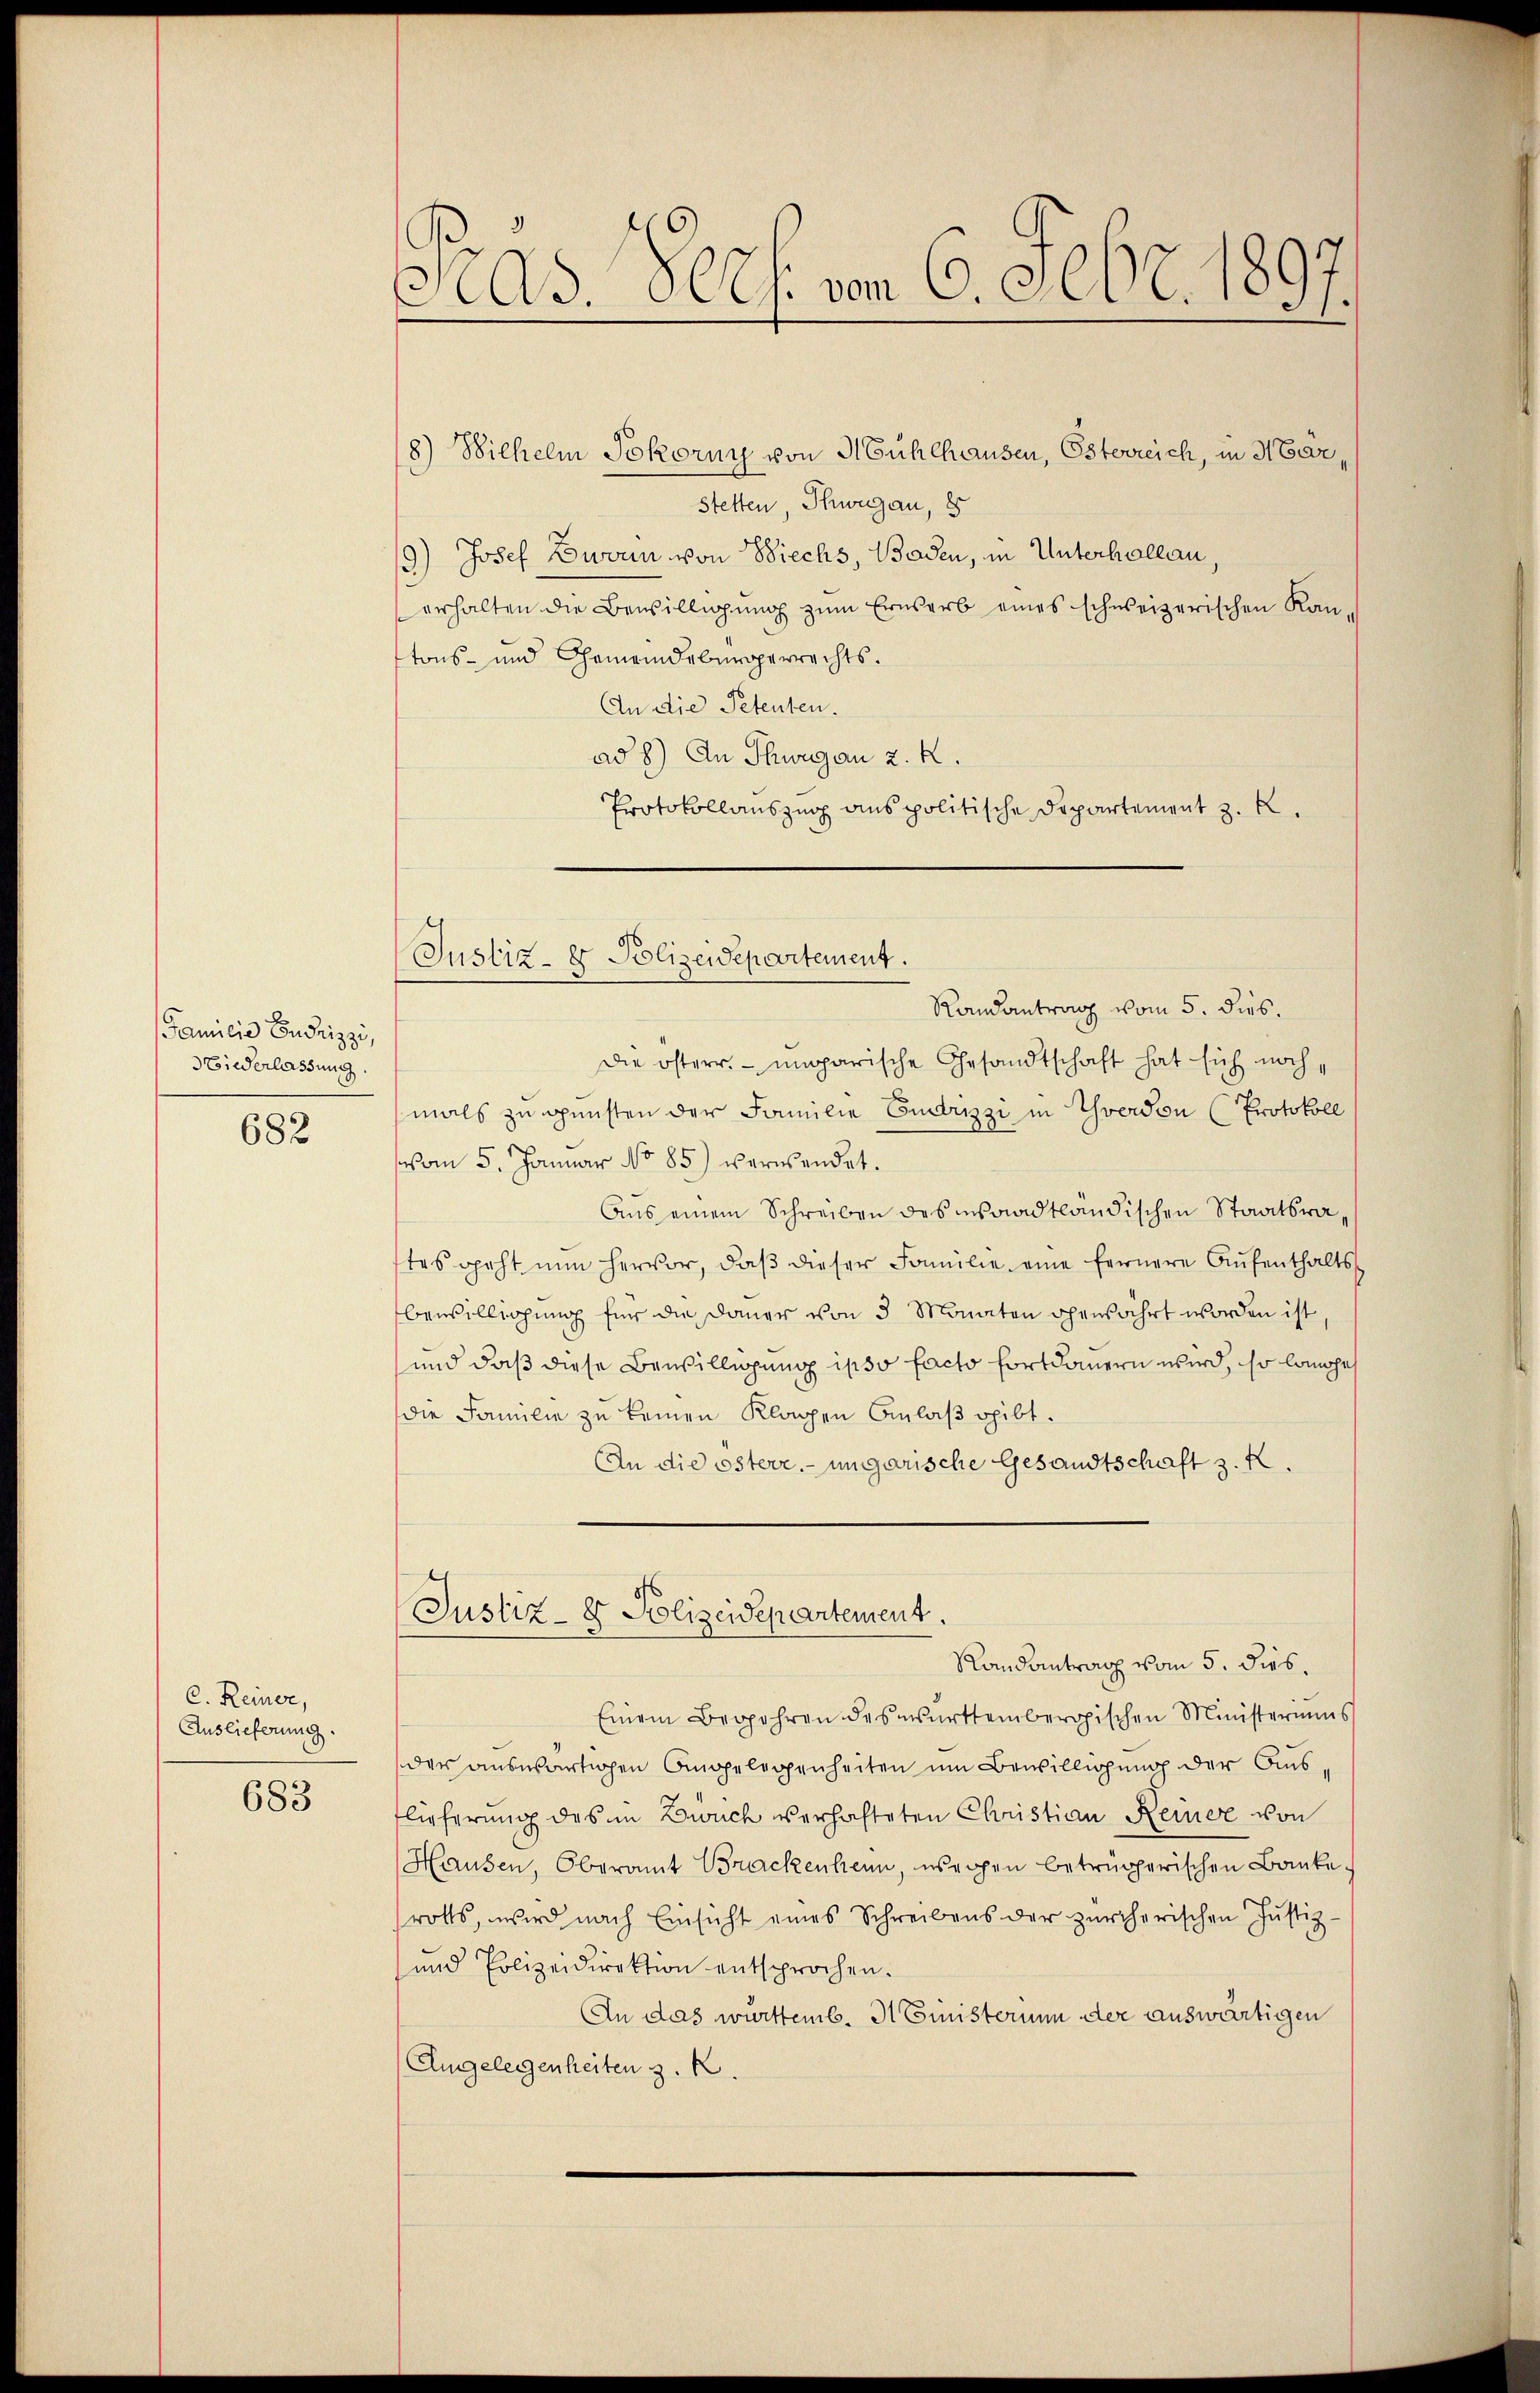
Familie Zudrizzi,
Niederlassung.

682

C. Reiner,
Auslieferung

683

Pras Sees. vom 6. Febr. 1897.

8) Wilhelm Jokornn von Mühlhausen, Österreich, in Marstetten, Schweggau, 8
19) Josef Zworin von Biechs, Baden, in Unterhallen,
erhalten die Bewilligung zum Erwerb eines schweizerischen Kan-
tons- und Gemeindebürgerrechts.
An die Petenten.
ad 8) An Shwegen 2. K.
Protokollauszug aus politische Departement z. B.

Justiz- & Polizeidepartement.

Randantrag vom 5. dies.
Die österr. ungarische Gesandtschaft hat sich noch,
mals zu gunsten der Familie Cudrizzi in Yverdon (Protokoll
vom 5. Januar No 85) verwendet.
Aus einem Schreiben des Isaadtländischen Staatsrates geht nun hervor, daβ dieser Familie eine fernere Aŭfenthalts
bewilligung für die Dauer von 3 Monaten gewährt worden ist
und daß diese Bewilligung ipso facto fortdauern wird, so lange
die Familie zu keinen Klagen Anlaß gibt.
An die österr. ungarische Gesandtschaft z. K.
Justiz- & Polizeidepartement.
Randantrag vom 5. dies.
Einem Begehren des württembergischen Ministeriums
der auswärtigen Angelegenheiten um Bewilligung der Auslieferung des im Bruch verhafteten Christian Reiner von
Hausen, Oberamt Brackenheim, wegen betrügerischen Bankerotts, wird nach Einsicht eines Schreibens der zürcherischen Jŭstiz-
und Polizeidirektion entsprochen.
An das württemb. Ministerin der auswärtigen
Angelegenheiten z. B.
e